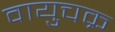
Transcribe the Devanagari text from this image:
वायुचक्र